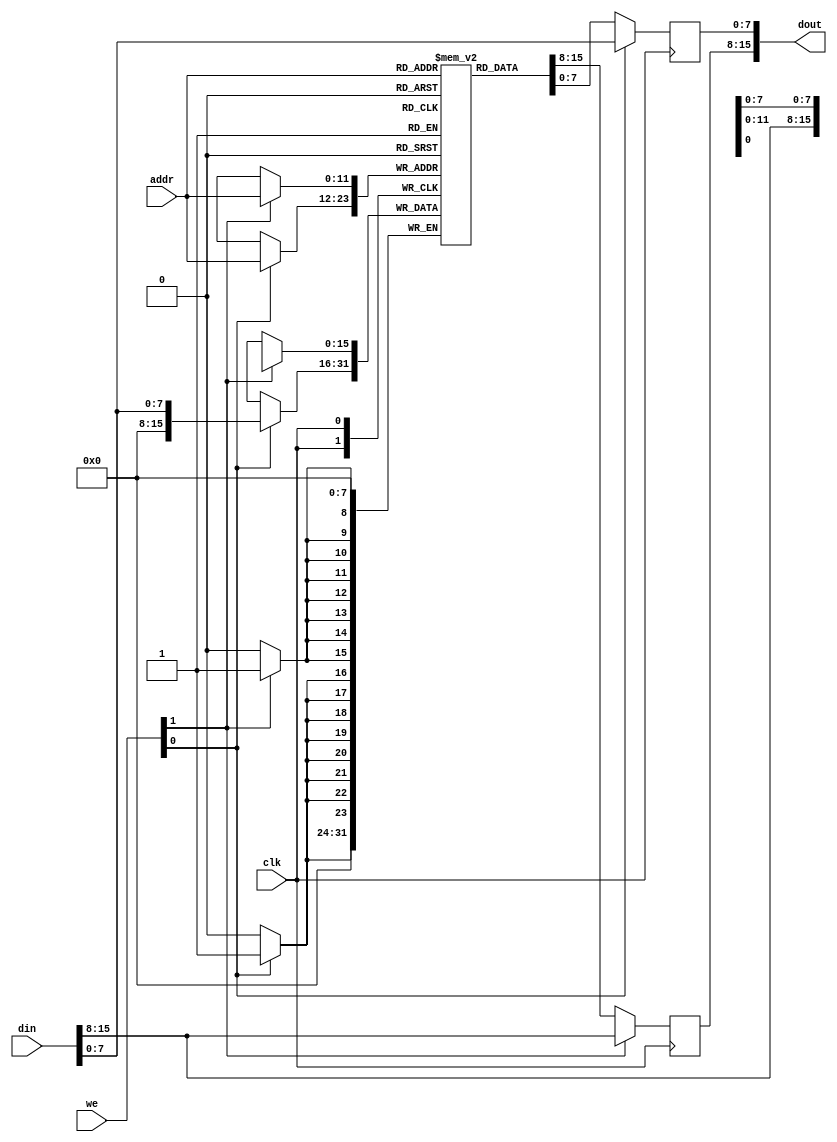
`timescale 1ns / 1ps
module dataram3(clk, addr, we, din, dout);
    parameter  ADDR_WIDTH = 12;
    parameter  COL_WIDTH  = 8;
    parameter  N_COLS     = 2;
    localparam DATA_WIDTH = (COL_WIDTH*N_COLS);
    localparam RAM_DEPTH  = 1 << ADDR_WIDTH;

    input  clk;
    input  [(ADDR_WIDTH-1):0] addr;
    input  [(N_COLS-1):0] we;
    input  [(DATA_WIDTH-1):0] din;
    output reg [(DATA_WIDTH-1):0] dout;

    reg [(DATA_WIDTH-1):0] ram [0:(RAM_DEPTH-1)];

/*
    integer i;
    initial begin
        for (i = 0; i < RAM_DEPTH; i = i + 1) begin
            ram[i] <= {DATA_WIDTH{1'b0}};
        end
    end
*/

    generate
    genvar c;
        for (c = 0; c < N_COLS; c = c + 1) begin: column
            always @(posedge clk) begin
                if (we[c]) begin
                    ram[addr][(c+1)*COL_WIDTH-1:c*COL_WIDTH] <= din[(c+1)*COL_WIDTH-1:c*COL_WIDTH];
                    dout[(c+1)*COL_WIDTH-1:c*COL_WIDTH] <= din[(c+1)*COL_WIDTH-1:c*COL_WIDTH];
                end
                else begin
                    dout[(c+1)*COL_WIDTH-1:c*COL_WIDTH] <= ram[addr][(c+1)*COL_WIDTH-1:c*COL_WIDTH];
                end
            end
        end
    endgenerate

endmodule